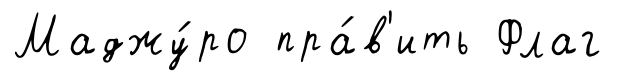
Маджу́ро пра́в'ить Флаг